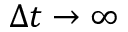
\Delta t \to \infty